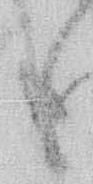
も